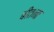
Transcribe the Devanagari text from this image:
बीतना